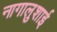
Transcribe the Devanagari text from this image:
नागालुशाई